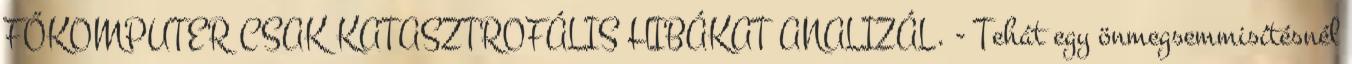
FŐKOMPUTER CSAK KATASZTROFÁLIS HIBÁKAT ANALIZÁL. - Tehát egy önmegsemmisítésnél